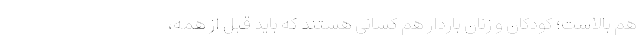
هم بالاست؛ کودکان و زنان باردار هم کسانی هستند که باید قبل از همه،